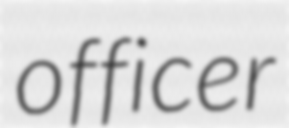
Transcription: officer